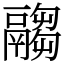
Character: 𩱈